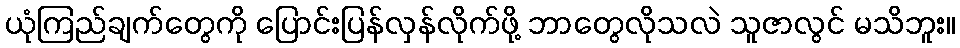
ယုံကြည်ချက်တွေကို ပြောင်းပြန်လှန်လိုက်ဖို့ ဘာတွေလိုသလဲ သူဇာလွင် မသိဘူး။